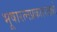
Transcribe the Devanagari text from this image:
भूषारत्नप्रकाशाढ्यो